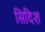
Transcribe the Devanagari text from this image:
सिदिश